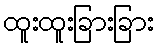
ထူးထူးခြားခြား